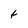
Character: t